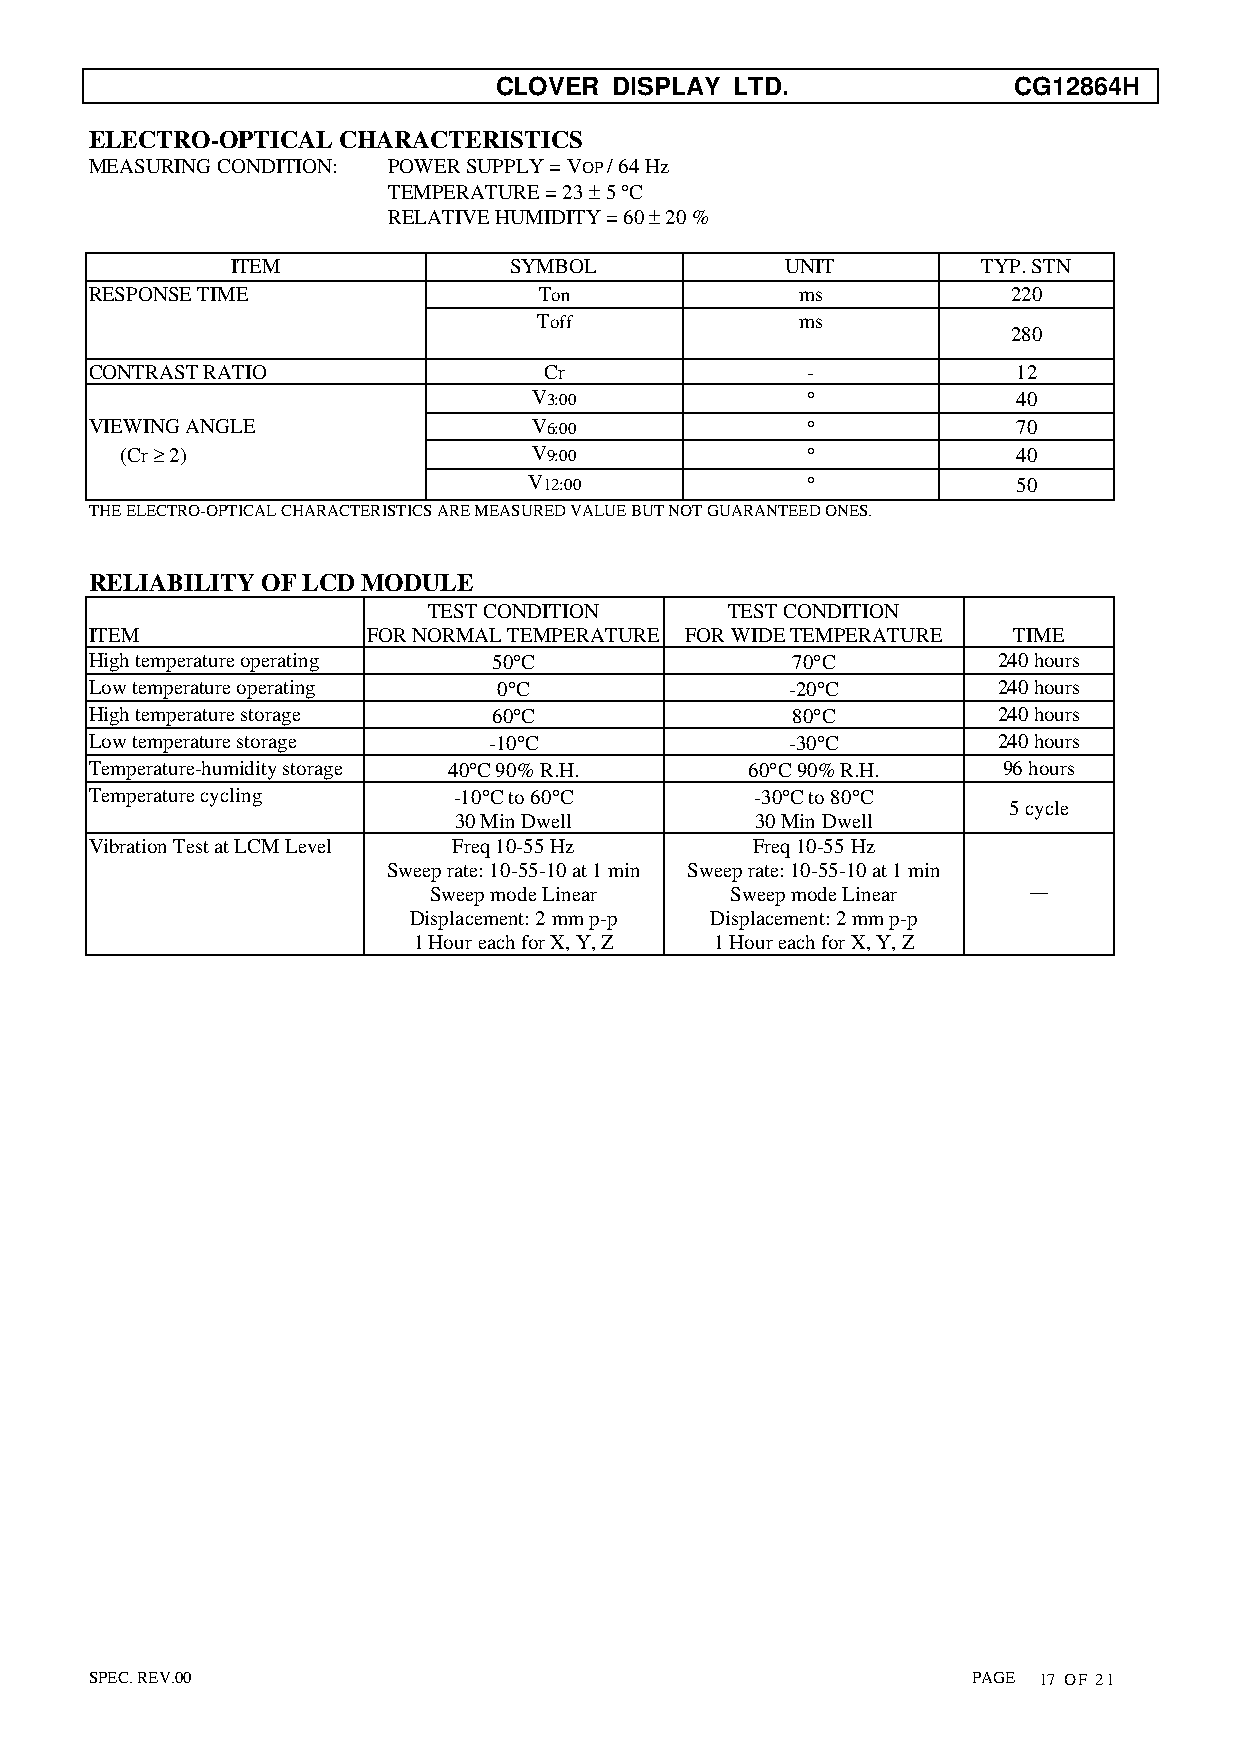
CLOVER  DISPLAY LTD.              CG12864H
 ELECTRO-OPTICAL CHARACTERISTICS
 MEASURING CONDITION: POWER SUPPLY = VOP / 64 Hz
 TEMPERATURE = 23 ± 5 °C
 RELATIVE HUMIDITY = 60 ± 20 %
 ITEM               SYMBOL            UNIT         TYP. STN
 RESPONSE TIME                 Ton              ms            220
 Toff             ms
 280
 CONTRAST RATIO                Cr               -             12
 V3:00             °             40
 VIEWING ANGLE                V6:00             °             70
 (Cr ≥ 2)                   V9:00             °             40
 V12:00            °             50
 THE ELECTRO-OPTICAL CHARACTERISTICS ARE MEASURED VALUE BUT NOT GUARANTEED ONES.
 RELIABILITY OF LCD MODULE
 TEST CONDITION      TEST CONDITION
 ITEM              FOR NORMAL TEMPERATURE FOR WIDE TEMPERATURE TIME
 High temperature operating 50°C               70°C          240 hours
 Low temperature operating  0°C                -20°C         240 hours
 High temperature storage   60°C               80°C          240 hours
 Low temperature storage   -10°C               -30°C         240 hours
 Temperature-humidity storage 40°C 90% R.H.  60°C 90% R.H.   96 hours
 Temperature cycling     -10°C to 60°C       -30°C to 80°C
 5 cycle
 30 Min Dwell        30 Min Dwell
 Vibration Test at LCM Level Freq 10-55 Hz   Freq 10-55 Hz
 Sweep rate: 10-55-10 at 1 min Sweep rate: 10-55-10 at 1 min
 Sweep mode Linear   Sweep mode Linear   —
 Displacement: 2 mm p-p Displacement: 2 mm p-p
 1 Hour each for X, Y, Z 1 Hour each for X, Y, Z
 SPEC. REV.00                                              PAGE 17 OF 21